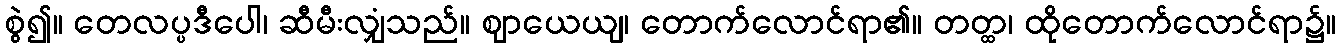
စွဲ၍။ တေလပ္ပဒီပေါ၊ ဆီမီးလျှံသည်။ ဈာယေယျ၊ တောက်လောင်ရာ၏။ တတ္ထ၊ ထိုတောက်လောင်ရာ၌။